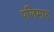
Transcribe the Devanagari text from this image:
पलिमारु